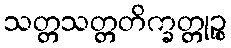
သတ္တသတ္တတိက္ခတ္တုဉ္စ